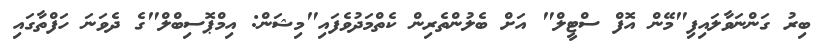
ބިރު ގަންނަވާލައިފި"މޭން އޮފް ސްޓީލް" އަށް ބެލުންތެރިން ކެތްމަދުވެފައި"މިޝަން: އިމްޕޮސިބްލް"ގެ ދެވަނަ ހަފްތާގައި